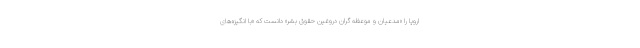
اروپا را «مدعیان و موعظه گران دروغین حقوق بشر» دانست که «با انگیزه‌های